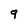
Character: 9